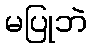
မပြုဘဲ